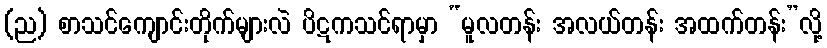
(ည) စာသင်ကျောင်းတိုက်များလဲ ပိဋကသင်ရာမှာ “မူလတန်း အလယ်တန်း အထက်တန်း”လို့